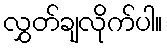
လွှတ်ချလိုက်ပါ။